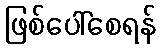
ဖြစ်ပေါ်စေရန်